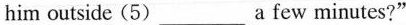
him outside (5)___a few minutes?"